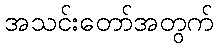
အသင်းတော်အတွက်